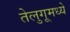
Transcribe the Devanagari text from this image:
तेलुगूमध्ये